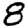
Digit: 8